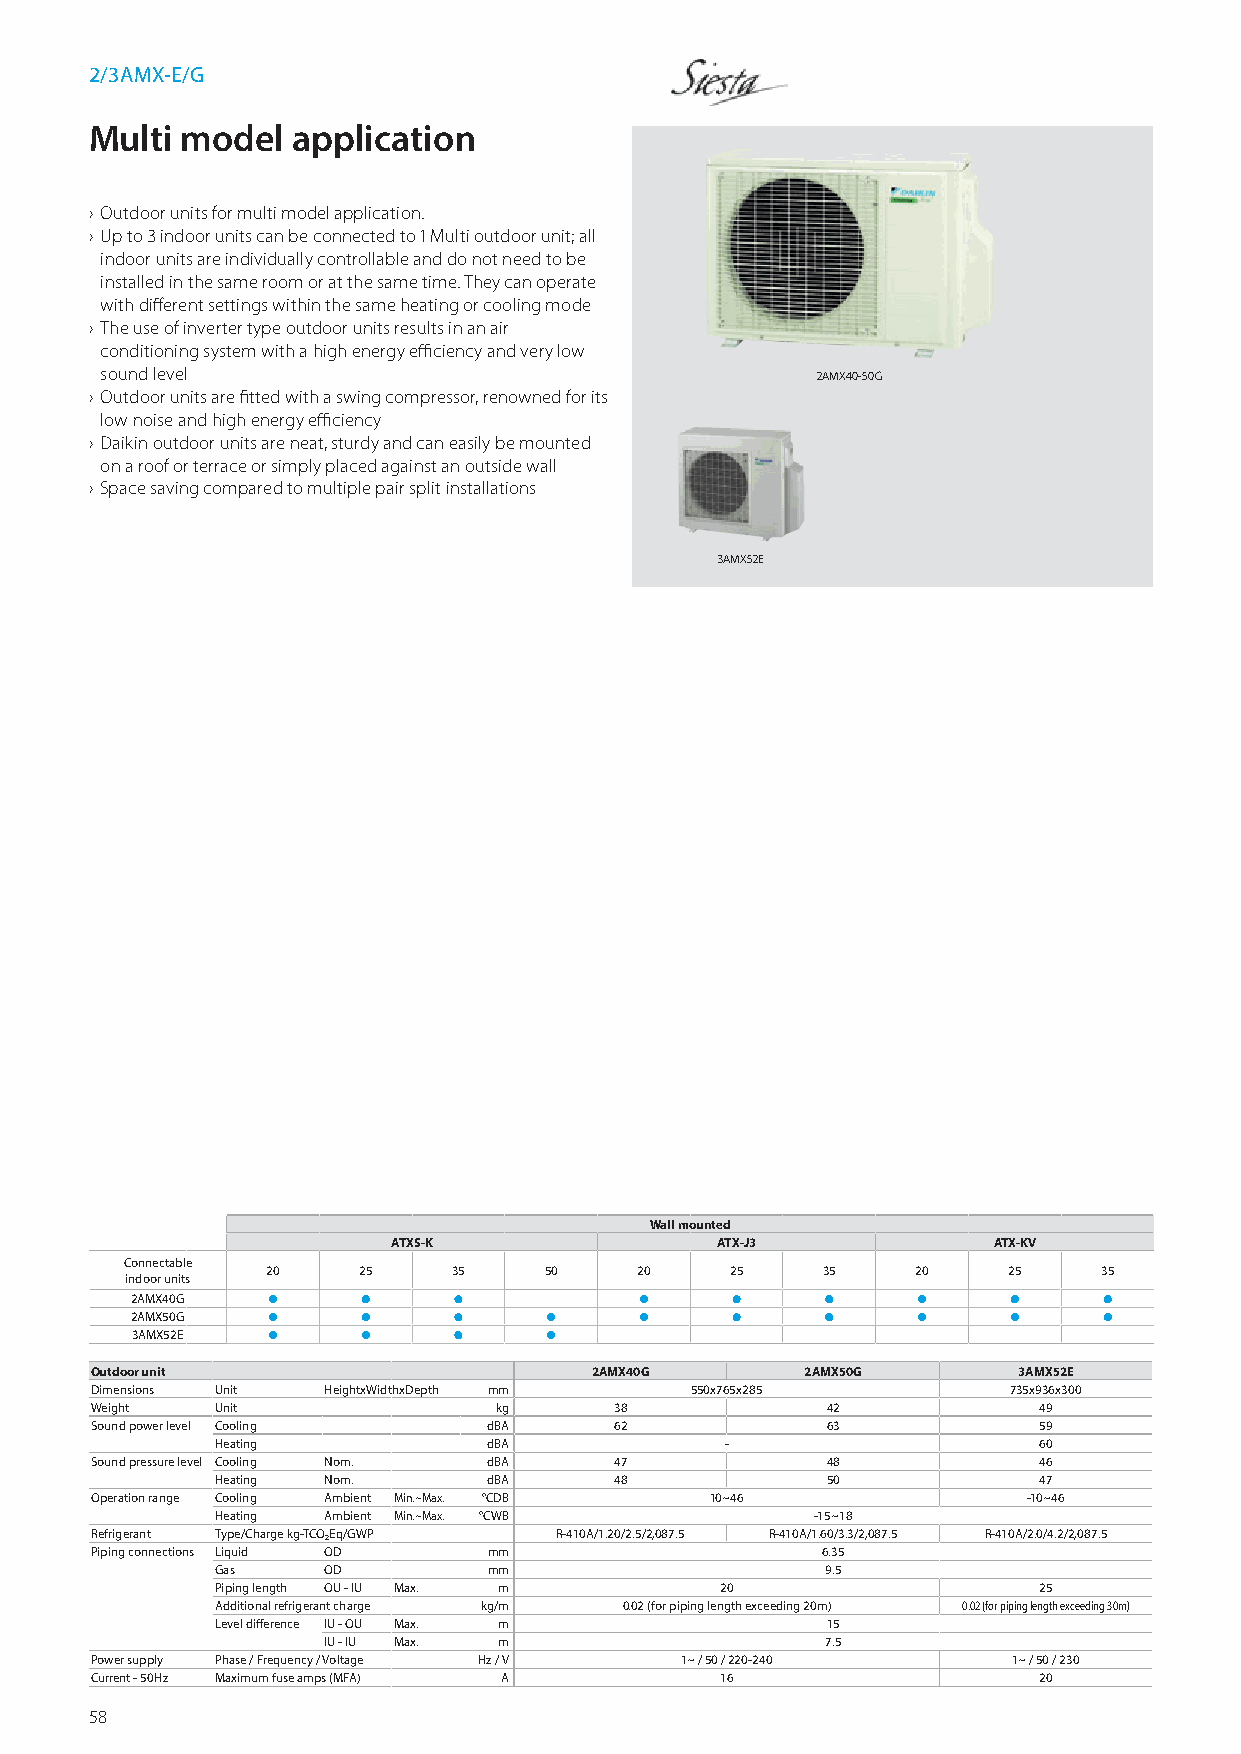
2/3AMX-E/G
 Multi model  application
 › Outdoor units for multi model application .
 › Up to 3 indoor units can be connected to 1 Multi outdoor unit; all
 indoor units are individually controllable and do not need to be
 installed in the same room or at the same time . They can operate
 with different settings within the same heating or cooling mode
 › The use of inverter type outdoor units results in an air
 conditioning system with a high energy efficiency and very low
 sound level                                    2AMX40-50G
 › Outdoor units are fitted with a swing compressor, renowned for its
 low noise and high energy efficiency
 › Daikin outdoor units are neat, sturdy and can easily be mounted
 on a roof or terrace or simply placed against an outside wall
 › Space saving compared to multiple pair split installations
 3AMX52E
 Wall mounted
 ATXS-K               ATX-J3             ATX-KV
 Connectable
 20    25    35    50    20    25    35     20    25    35
 indoor units
 2AMX40G  •     •     •           •      •     •     •     •     •
 2AMX50G  •     •     •     •     •      •     •     •     •     •
 3AMX52E  •     •     •     •
 Outdoor unit                     2AMX40G       2AMX50G       3AMX52E
 Dimensions Unit HeightxWidthxDepth mm   550x765x285          735x936x300
 Weight  Unit               kg      38            42            49
 Sound power level Cooling dBA      62            63            59
 Heating           dBA             -                    60
 Sound pressure level Cooling Nom. dBA 47         48            46
 Heating Nom.      dBA      48            50            47
 Operation range Cooling Ambient Min.~Max. °CDB 10~46          -10~46
 Heating Ambient Min.~Max. °CWB          -15~18
 Refrigerant Type/Charge kg-TCO₂Eq/GWP R-410A/1.20/2.5/2,087.5 R-410A/1.60/3.3/2,087.5 R-410A/2.0/4.2/2,087.5
 Piping connections Liquid OD mm                 6.35
 Gas    OD         mm                     9.5
 Piping length OU - IU Max. m      20                   25
 Additional refrigerant charge kg/m 0.02 (for piping length exceeding 20m) 0.02 (for piping length exceeding 30m)
 Level difference IU - OU Max. m          15
 IU - IU Max. m                    7.5
 Power supply Phase / Frequency / Voltage Hz / V 1~ / 50 / 220-240 1~ / 50 / 230
 Current - 50Hz Maximum fuse amps (MFA) A  16                   20
 58